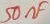
Text: 50nF